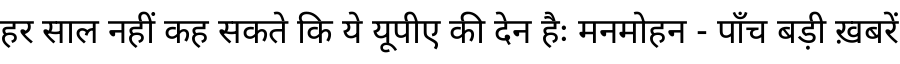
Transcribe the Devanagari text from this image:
हर साल नहीं कह सकते कि ये यूपीए की देन हैः मनमोहन - पाँच बड़ी ख़बरें